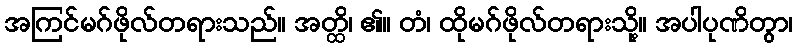
အကြင်မဂ်ဖိုလ်တရားသည်။ အတ္ထိ၊ ၏။ တံ၊ ထိုမဂ်ဖိုလ်တရားသို့။ အပါပုဏိတွာ၊